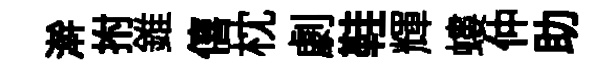
澣拊錐僖枕劇鞋輝螻仲助